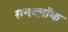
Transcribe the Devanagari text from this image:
सनब्लॉक